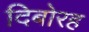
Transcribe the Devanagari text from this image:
दिबोरह